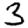
Digit: 3